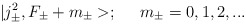
\begin{align*}|j_{\pm}^2, F_{\pm}+ m_{\pm}>; \;\;\;\;\; m_{\pm} = 0, 1, 2, ...\end{align*}